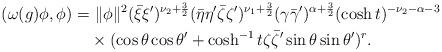
LaTeX: \begin{align*}(\omega(g)\phi,\phi)=&~\|\phi\|^2 (\bar{\xi}\xi')^{\nu_2+\frac{3}{2}}(\bar{\eta}\eta'\bar{\zeta}\zeta')^{\nu_1+\frac{3}{2}}(\gamma\bar{\gamma}')^{\alpha+\frac{3}{2}}(\cosh t)^{-\nu_2-\alpha-3} \\&\times ( \cos \theta \cos \theta' + \cosh^{-1}t\zeta\bar{\zeta}'\sin \theta \sin \theta')^r.\end{align*}